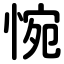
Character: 惋